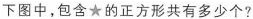
下图中，包含★的正方形共有多少个？